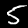
Label: 5